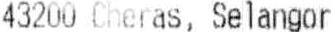
43200 CHERAS, SELANGOR